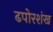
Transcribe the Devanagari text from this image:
ढपोरशंख